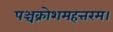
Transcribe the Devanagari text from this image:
पञ्चक्रोशमहत्तरम।